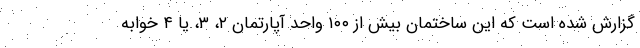
گزارش شده است که این ساختمان بیش از ۱۰۰ واحد آپارتمان ۲، ۳، یا ۴ خوابه